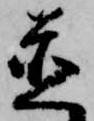
置